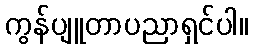
ကွန်ပျူတာပညာရှင်ပါ။